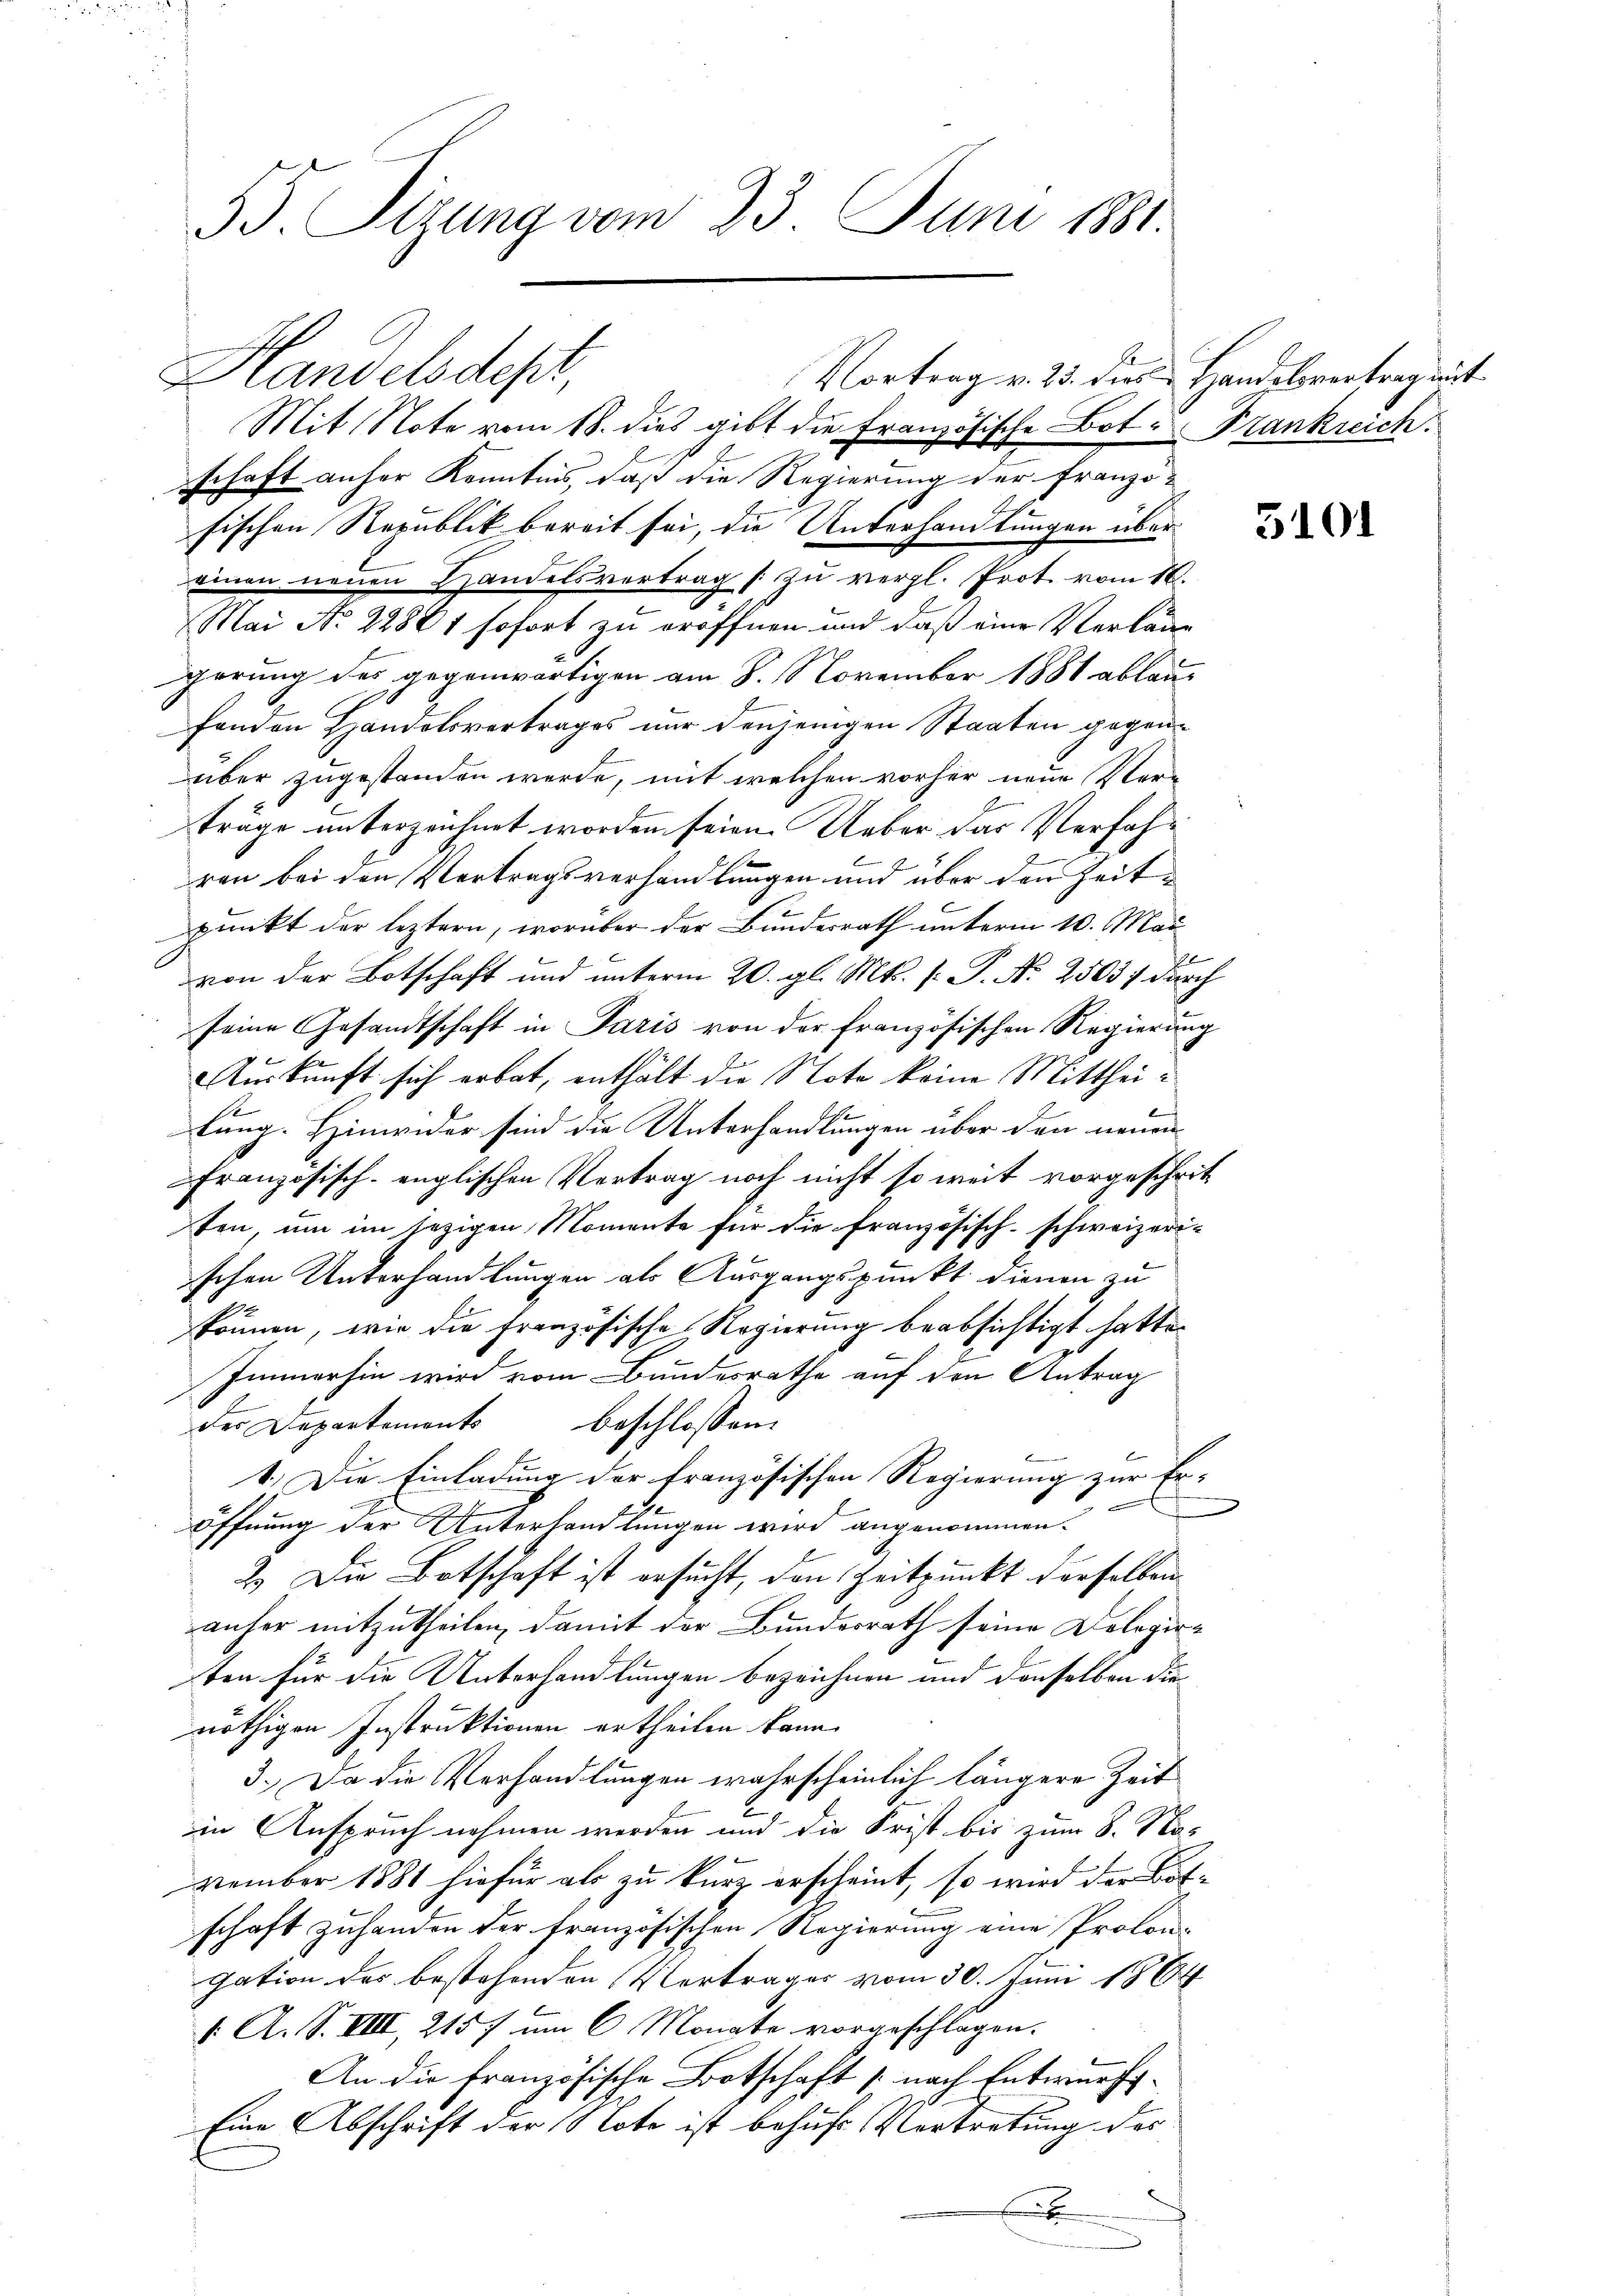
55. Sizung vom 23. Juni 1881

Handelsdept
Mit Note vom 18. dies gibt die Französische Bot: Frankreich.
schaft anher Kenntnis, daß die Regierung der Franzö-
fischen Republik bereit sei, die Unterhandlungen übereinen neuen Handelsvertrag zu vergl. Prot. vom 10.
Mai No 22861 sofort zu eröffnen und daß eine Verlage
gerung des gegenwärtigen am 8. November 1881 ablaufonden Handelsvertrages nur denjenigen Staaten gegen¬
E
über zugestanden werde, mit welchen vorher neue Ver-
träge unterzeichnet worden seien. Ueber das Verfah¬
7
ren bei den Vertragsverhandlungen und über den Zeitpunkt der leztern, worüber der Bundesrath unterm 10. Mai
f
von der Botschaft und unterm 20. gl. Mts. f. P. Nr. 2503; durch
seine Gesandtschaft in Paris von der französischen Regierung
Auskunft sich erbat, enthält die Note keine Mittheilung. Hinwider sind die Unterhandlungen über den neuen
französisch-englischen Vertrag noch nicht so weit vorgeschritt
ten, um im jezigen Momente für die französisch-schweizerischen Unterhandlungen als Ausgangspunkt dienen zu
e
können, wie die französische Regierung beabsichtigt hatte.
Immerhin wird vom Bundesrathe auf den Antrag
des Departements beschlossen
1.) Die Einladung der französischen Regierung zur Er-
öffnung der Unterhandlungen wird angenommen.
2.) Die Botschaft ist ersucht, den Zeitpunkt derselben
anher mitzutheilen, damit der Bundesrath seine Delegirten für die Unterhandlungen bezeichnen und denselben die
nöthigen Instruktionen ertheilen kann.
3. Da die Verhandlungen wahrscheinlich längere Zeit
in Anspruch nehmen werden und die Frist bis zum 8. No-
vember 1881 hiefür als zu kurz erscheint, so wird der Botschaft zuhanden der französischen Regierung eine Prolon¬
.
gation des bestehenden Vortrages vom 30. Juni 1864
1. A. S. VIII, 2157 um 6 Monate vorgeschlagen.
An die französische Botschaft (nach Entwurfs¬
Eine Abschrift der Note ist behufs Vertretung des
e

Vortrag v. 235. dies Handelsvertrag mit

3101